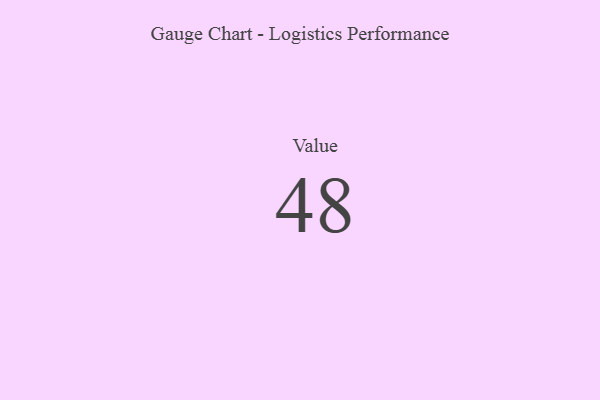
{"axis": {"x": "Metric", "y": "Value"}, "legend": [""], "data": [{"x": "Value", "y": 48, "type": ""}]}